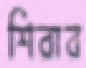
শিরার